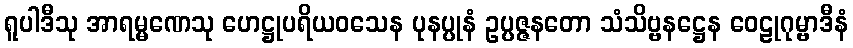
ရူပါဒီသု အာရမ္မဏေသု ဟေဋ္ဌုပရိယဝသေန ပုနပ္ပုနံ ဥပ္ပဇ္ဇနတော သံသိဗ္ဗနဋ္ဌေန ဝေဠုဂုမ္ဗာဒီနံ